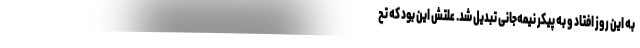
به این روز افتاد و به پیکر نیمه‌جانی تبدیل شد. علتش این بود که تح